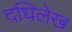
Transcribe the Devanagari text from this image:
दधिलेख